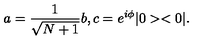
a = \frac { 1 } { \sqrt { N + 1 } } b , c = e ^ { i \phi } | 0 > < 0 | .